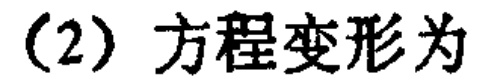
(2) 方程变形为